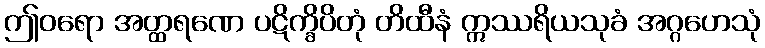
ဤဝရော အတ္ထရဏေ ပဋိက္ခိပိတုံ တိထီနံ ဣဿရိယသုခံ အဂ္ဂဟေသုံ